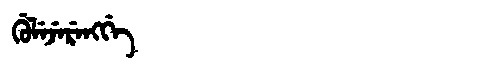
Manchu: ᡤᡠᠯᡝᠵᡝᡵᡝᠩᡤᡝ
Romanization: GULEJERENGGE